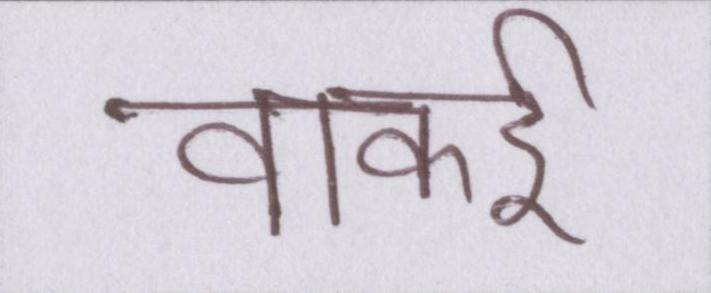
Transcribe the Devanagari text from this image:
वाकई